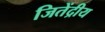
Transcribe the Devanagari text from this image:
जितेंद्रीय